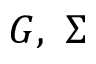
G , \ \Sigma